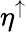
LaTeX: \eta^{\uparrow}